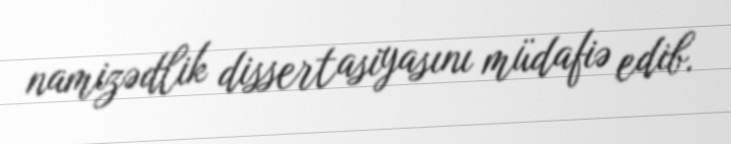
namizədlik dissertasiyasını müdafiə edib.